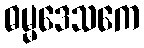
ဓမ္မဒေသကေ